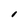
Character: I